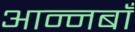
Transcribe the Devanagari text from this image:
आन्नबाँ